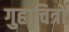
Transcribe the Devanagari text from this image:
गुहाचित्रों